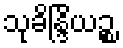
သုခိန္ဒြိယဉ္စ